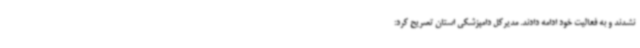
نشدند و به فعالیت خود ادامه دادند. مدیرکل دامپزشکی استان تصریح کرد: